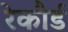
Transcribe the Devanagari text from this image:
रेकौर्ड